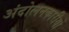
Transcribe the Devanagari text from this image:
अंदोलनकारीयों